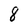
Character: 8